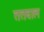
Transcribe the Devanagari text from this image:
ततवाल